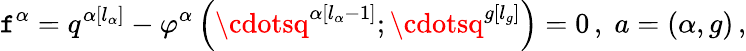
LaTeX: \mathtt{f}^{\alpha}=q^{\alpha\left[l_{\alpha}\right]}-\varphi^{\alpha}\left(\cdotsq^{\alpha\left[l_{\alpha}-1\right]};\cdotsq^{g\left[l_{g}\right]}\right)=0\, ,\; a=\left(\alpha,g\right)\, ,